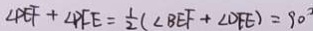
\angle P E F + \angle P F E = \frac { 1 } { 2 } ( \angle B E F + \angle D F E ) = 9 0 ^ { \circ }